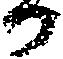
か